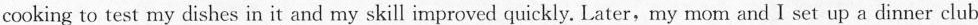
cooking to test my dishes in it and my skill improved quickly. Later,my mom and I set up a dinner club